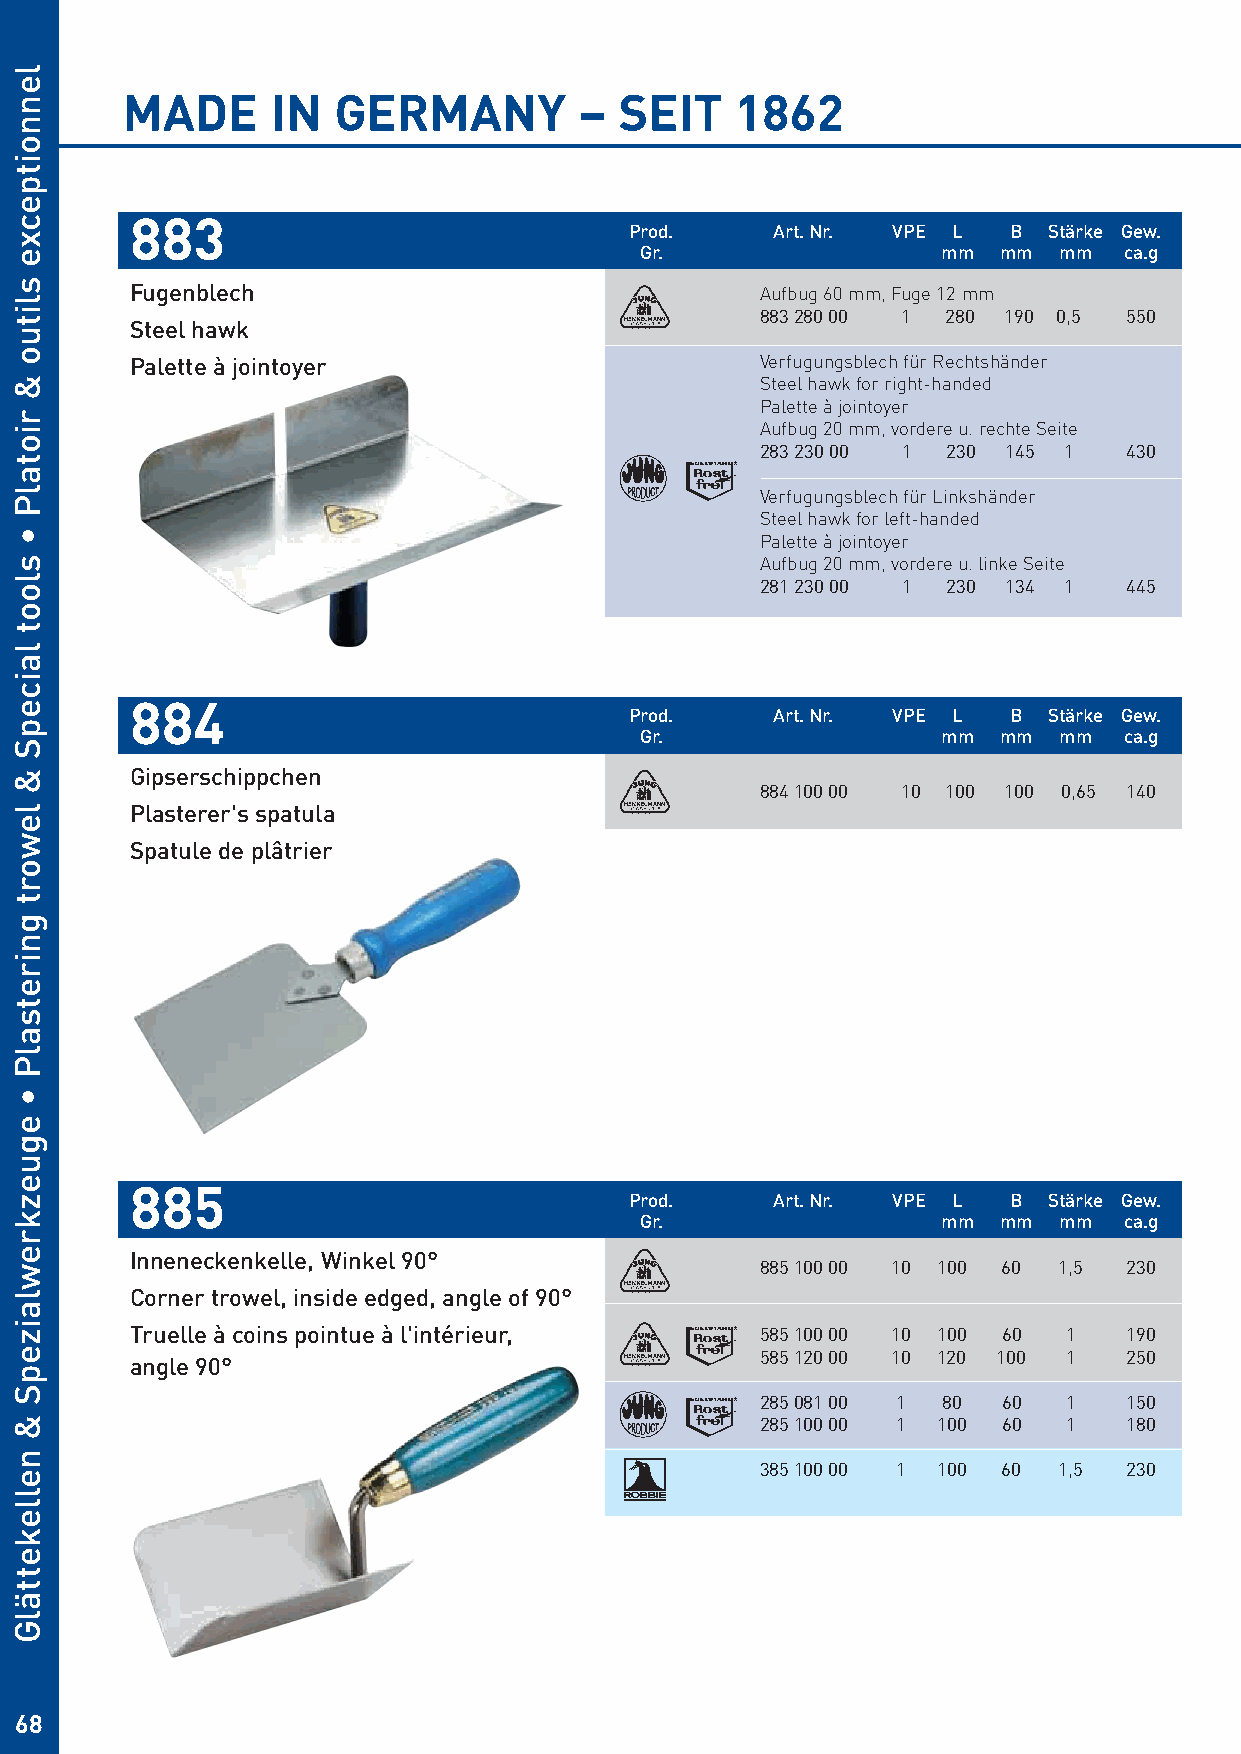
MADE      IN  GERMANY         –  SEIT    1862
 883
 Prod.    Art. Nr. VPE L  B Stärke Gew.
 Gr.                 mm  mm  mm  ca.g
 Fugenblech                               Aufbug 60 mm, Fuge 12 mm
 883 280 00 1 280 190 0,5 550
 Steel hawk
 Palette à jointoyer                      Verfugungsblech für Rechtshänder
 Steel hawk for right-handed
 Palette à jointoyer
 Aufbug 20 mm, vordere u. rechte Seite
 283 230 00 1 230 145 1  430
 Verfugungsblech für Linkshänder
 Steel hawk for left-handed
 Palette à jointoyer
 Aufbug 20 mm, vordere u. linke Seite
 281 230 00 1 230 134 1  445
 884
 Prod.    Art. Nr. VPE L  B Stärke Gew.
 Gr.                 mm  mm  mm  ca.g
 Gipserschippchen
 884 100 00 10 100 100 0,65 140
 Plasterer's spatula
 Spatule de plâtrier
 885
 Prod.    Art. Nr. VPE L  B Stärke Gew.
 Gr.                 mm  mm  mm  ca.g
 Inneneckenkelle, Winkel 90°
 885 100 00 10 100 60 1,5 230
 Corner trowel, inside edged, angle of 90°
 Truelle à coins pointue à l'intérieur,   585 100 00 10 100 60 1  190
 585 120 00 10 120 100 1 250
 angle 90°
 285 081 00 1 80 60   1  150
 285 100 00 1 100 60  1  180
 385 100 00 1 100 60 1,5 230
 68
 lennoitpecxe
 slituo
 &
 riotalP
 •
 sloot
 laicepS
 &
 lewort
 gniretsalP
 •
 eguezkrewlaizepS
 &
 nellekettälG